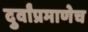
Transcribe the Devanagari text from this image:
दुर्वांप्रमाणेच